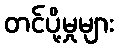
တင်ပို့မှုများ